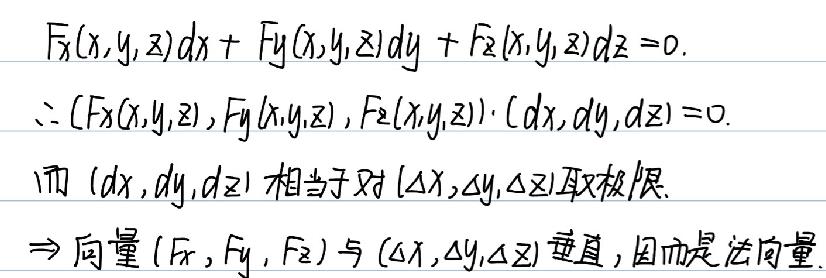
\begin{align*}
F_x(x,y,z)dx + F_y(x,y,z)dy + F_z(x,y,z)dz&= 0.\\
\therefore (F_x(x,y,z),F_y(x,y,z),F_z(x,y,z))\cdot (dx,dy,dz)&= 0.
\end{align*}
而 \((dx,dy,dz)\) 相当于对 \((\Delta x,\Delta y,\Delta z)\) 取极限.
$\Rightarrow$ 向量 \((F_x,F_y,F_z)\) 与 \((\Delta x,\Delta y,\Delta z)\) 垂直, 因而是法向量.